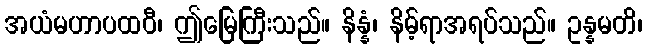
အယံမဟာပထဝီ၊ ဤမြေကြီးသည်။ နိန္နံ၊ နိမ့်ရာအရပ်သည်။ ဥန္နမတိ၊